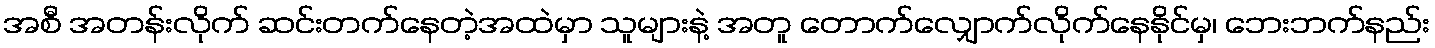
အစီ အတန်းလိုက် ဆင်းတက်နေတဲ့အထဲမှာ သူများနဲ့ အတူ တောက်လျှောက်လိုက်နေနိုင်မှ၊ ဘေးဘက်နည်း